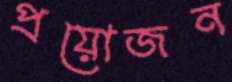
প্রয়োজন